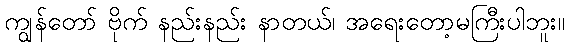
ကျွန်တော် ဗိုက် နည်းနည်း နာတယ်၊ အရေးတော့မကြီးပါဘူး။